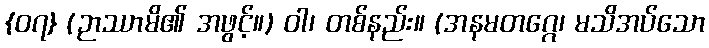
{၀၇} (ဉာဿာမိ၏ အဖွင့်။) ဝါ၊ တစ်နည်း။ (အနမတဂ္ဂေ၊ မသိအပ်သော